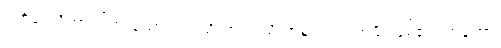
ပတိဒေသိတာ၊ ကြားသော။ ဥပါသိကာ၊ ဒါယိကာမသည်။ အမှိ၊ ဖြစ်၏။ တတော၊